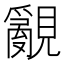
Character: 覶